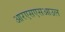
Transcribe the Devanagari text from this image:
आरएसएसआउल